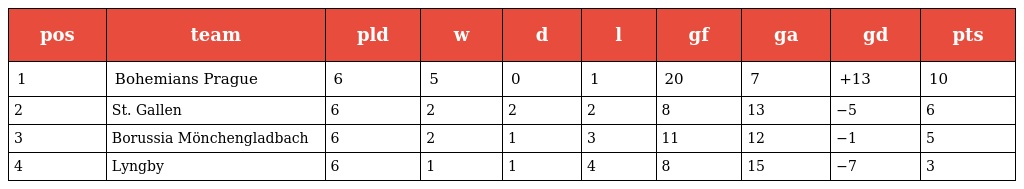
| pos | team | pld | w | d | l | gf | ga | gd | pts |
 | --- | --- | --- | --- | --- | --- | --- | --- | --- | --- |
 | 1 | Bohemians Prague | 6 | 5 | 0 | 1 | 20 | 7 | +13 | 10 |
 | 2 | St. Gallen | 6 | 2 | 2 | 2 | 8 | 13 | −5 | 6 |
 | 3 | Borussia Mönchengladbach | 6 | 2 | 1 | 3 | 11 | 12 | −1 | 5 |
 | 4 | Lyngby | 6 | 1 | 1 | 4 | 8 | 15 | −7 | 3 |